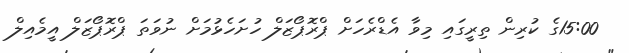
15:00ގެ ކުރިން ތިރީގައި މިވާ އެޑްރެހަށް ޕްރޮޕޯޒަލް ހުށަހެޅުމަށް ނުވަތަ ޕްރޮޕޯޒަލް އީމެއިލް